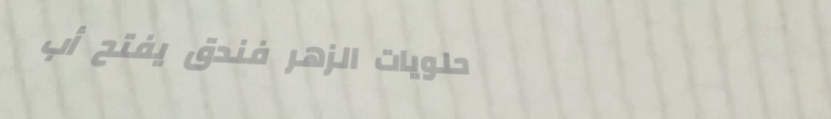
حلويات الزهر فندق يفتح أب